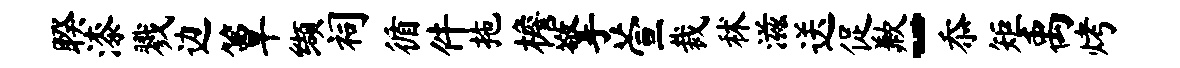
睽漆戮边簟缬祠循件拖檐擎萱裁秫滋送促歉-忝矩禹烤